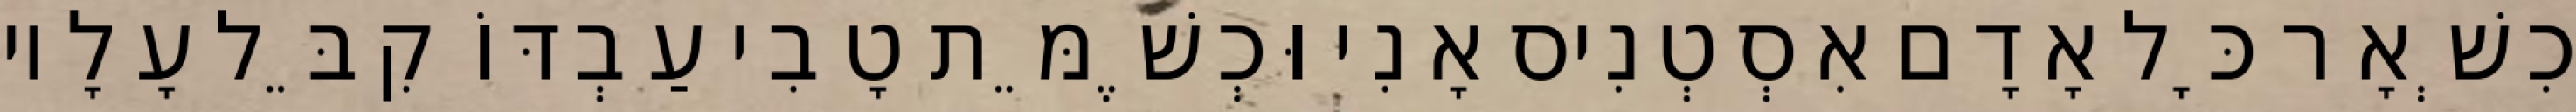
כִשְׁאָר כָּל אָדָם אִסְטְנִיס אָנִי וּכְשֶׁמֵּת טָבִי עַבְדּוֹ קִבֵּל עָלָיו